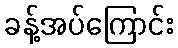
ခန့်အပ်ကြောင်း